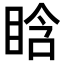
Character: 𥆡